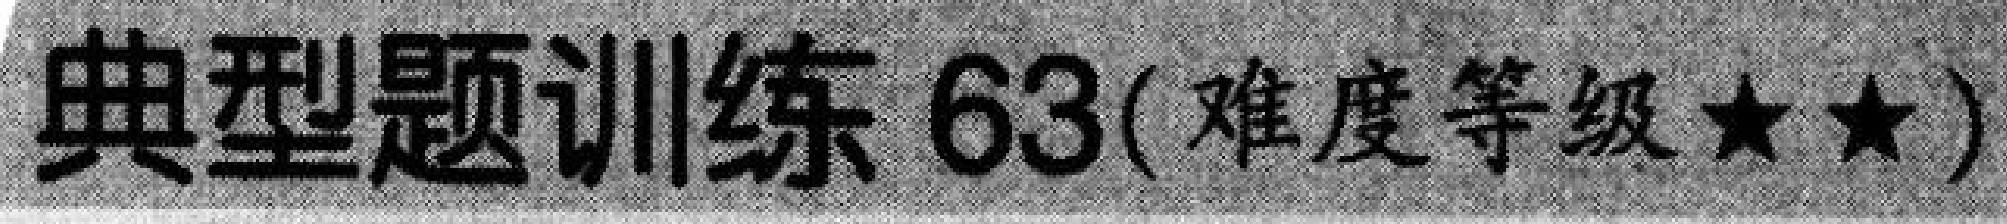
典型题训练 63(难度等级$\star\star$)